Civil Veterinary Department. Madras. Admin. report 1910-25 - 1910-1925
Year: 1910
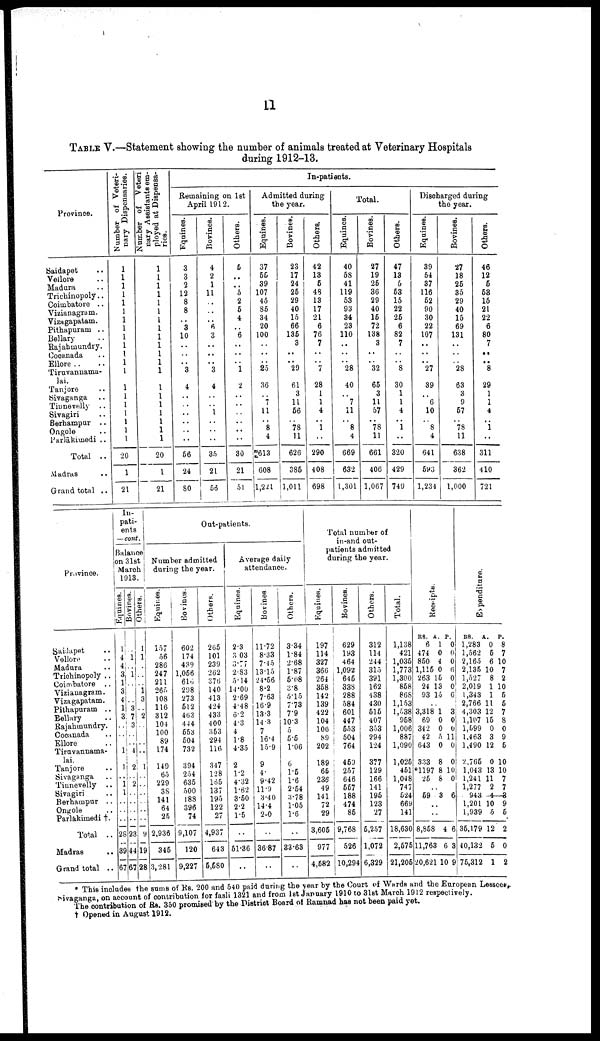
11
TABLE V.—Statement showing the number of animals treated at Veterinary Hospitals
during 1912-13.
Province.
Saidapet ..
Vellore ..
Madura ..
Trichinopoly..
Coimbatore ..
Vizianagram.
Vizagapatam.
Pithapuram ..
Bellary ..
Rajahinundry.
Cocanada ..
Ellore ..
Tiruvannama-
lai.
Tanjore ..
Sivaganga ..
Tinnevelly ..
Sivagiri ..
Berharapur ..
Ongole
..
Parlākhnedi ..
Total ..
Madras ..
Grand total ..
Number of Veteri
nary Dispensaries.
1
1
1
1
1
1
1 1
1
1
1
1
1
1
1
1
1
1
1
1
1
20
1
21
Number of veteri-
nary Assistants em
ployed at Dispensa
ries.
1
1
1
1
1
1
1
1
1
1
1
1
1
1
1
1
1
1
1
1
20
1
21
In-patients.
Remaining on 1st
April 1912.
Equines.
3
3
2
12
8
8
..
3
10
..
..
.. 3
4
..
..
..
..
..
..
56
24
80
Bovines.
4
2
1
11
..
..
..
8
3
..
..
.. 3
4
..
..
1
..
..
..
35
21
56
Others.
6
..
.. 5
2
5
4
.. 6
..
..
.. 1
2
..
..
..
..
..
..
30
21
51
Admitted during
the year.
Equines.
37
55
39
107
45
35
34
20 100
..
..
.. 25
36
..
7
11
8
4
613
| 608
1,221
Bovines.
23
17
24
25
29
40
15
66 135
3
..
.. 29
61
3
11
56
..
78
11
626
385
1,011
Others.
42
13
5
48
13
17
21
6
76
7
..
.. 7
28
1
1
4
..
1
..
290
408
698
Total.
Equines.
40
58
41
119
53
93
84
23 110
..
..
.. 28
40
..
7
11
..
8
4
669
632
1,301
Bovines.
27
19
25
36
29
40
15
72 138
3
..
.. 32
65
3
11
57
..
78
11
661
406
1,067
Others.
47
13 5
53
15
22
25
6 82
7
..
.. 8
30
1
1
6
..
1
..
320
429
749
Discharged during
the year.
Equines.
39
54
37
116
52
90
90
22 107
..
..
.. 27
39
..
6
10
..
8
4
641
593
1,234
Bovines.
27
18
25
35
29
40
15
69
131
..
..
.. 28
63
3
9
57
..
78
11
638
362
1,000
Others.
46
12
5
58
15
21
22
6
80
7
..
.. 8
29
1
1
4
..
1
..
311
410
721
Province.
Saidapet ..
Vellore ..
Madura ..
Trichinopoly ..
Coimbatore ..
Vizianagram.
Vizagapatam.
Pithapuram ..
Bellary ..
Rajahinundry.
Cocanada ..
Ellore ..
Tiruvannama-
lai.
Tanjore ..
Sivaganga ..
Tinnevelly ..
Sivagiri ..
Berhampur ..
Ongole
..
Parlakimedi †.
Total ..
Madras ..
Grand total ..
In-
pati-
ents
—cont.
Balance
on 31st
March
1913.
Equines.
1
4
4
3 1
3
4
1
3
..
..
1
1
..
1
1
..
..
..
28
39
67
Bovines.
..
1
..
1 ..
..
3
7
3
..
.. 4
2
..
2
..
..
..
..
23
44
67
Others.
1
1
..
..
..
1
3
..
2
..
..
..
..
1
..
..
..
..
..
..
9
18
28
Out-patients.
Number admitted
during the year.
Equines.
157
56
286
247
211
265
108
116
312
101
100
89
174
149
65
229
38
141
64 25
2,936
345
3,281
Bovines.
602
174
439
1,056
616
298
273
512
463
444
553
504
732
394
254
635
500
188
396 74
9,107
120
9,227
Others.
265
101
239
262
376
140
413
424
433
400
353
294
116
347
128
165
137
195
122 27
4,937
643
5,580
Average daily
attendance.
Equines.
2.3
3.03
3.77
2.83
5.14
14.00
2.69
4.48
6.2
4.3
4
1.8
4.35
2
1.2
4.32
1.62
3.50
2.2
1.5
..
51.36
..
Bovines
11.72
8.33
7.45
13.15
24.56
8.2
7.63
16.9
13.3
14.3
7
16.4
15.9
9
4
9.42
11.9
3.40
14.4
2.0
..
36.87
..
Others.
3.34
1.84
2.68
1.87
5.08
3.8
5.15
7.73
7.9
10.3
5
5.5
1.06
6
1.5
1.6
2.54
3.78
1.05
1.6
..
33.63
..
Total number of
in-and out
patients admitted
during the year.
Equines.
197
114
327
366
264
358
142
139
422
104
100
89
202
189
65
236
49
141
72
29
3,605
977
4,582
Bovines.
629
193
464
1,092
645
338
288
584
601
447
553
504
764
450
257
646
557
188
474
85
9,768
526
10,294
Others.
312
114
244
315
391
162
438
430
515
407
353
294
124
377
129
166
141
195
123
27
5,257
1,072
6,329
Total.
1,138
421
1,035
1,773
1,300
858
868
1,153
1,538
958
1,006
887
1,090
1,025
451
1,048
747
524
669
141
18,630
2,575
21,205
Receipts.
RS.
6
474
850
1,115
263
24
93
A.
1
0
4
0
15
13
15
P.
0
0
0
6
0
0
6
..
3,318
69
342
42
643
333
*1197
25
1
0
0
5
0
8
8
8
3
0
0
11
0
0
10
0
..
59 3 6
..
..
8,858
11,763
20,621
4
6
10
6
3
9
Expenditure.
RS.
1,283
1,562
2,165
2,135
1,527
2,019
1,343
2,766
4,303
1,107
1,599
1,463
1,490
2,765
1,043
1,241
1,277
943
1,201
1,939
36,179
40,132
75,312
A.
0
5
6
10
8
1
1
11
12
15
0
3
12
0
13
11
2
4
10
5
12
5
1
P.
8
7
10
7
2
10
5
5
7
8
0
9
5
10
10
7
7
3
9
5
2
0
2
* This includes the sums of Rs. 200 and 540 paid during the year by the Court of Wards and the European Lessees,
Sivaganga, on account of contribution for fasli 1321 and from 1st January 1910 to 31st March 1912 respectively.
The contribution of Rs. 350 promised by the District Board of Ramnad has not been paid yet.
† Opened in August 1912.